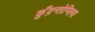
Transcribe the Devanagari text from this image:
कुँद्रन्तोप्सिया